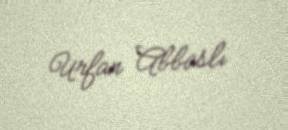
Urfan Abbaslı